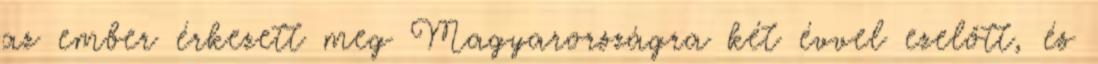
az ember érkezett meg Magyarországra két évvel ezelőtt, és